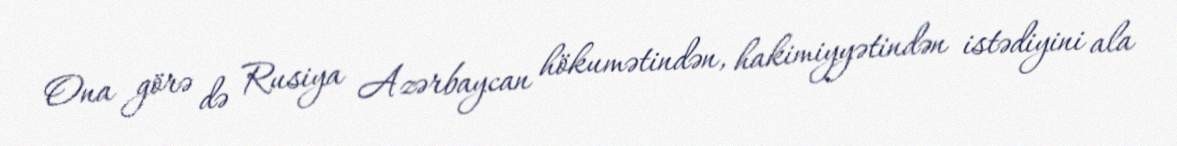
Ona görə də Rusiya Azərbaycan hökumətindən, hakimiyyətindən istədiyini ala